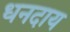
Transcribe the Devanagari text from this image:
धनदाय